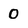
Character: 0